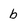
Character: b